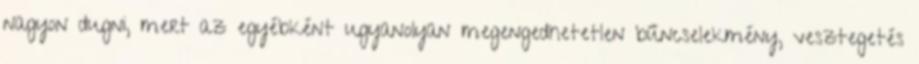
nagyon dugni, mert az egyébként ugyanolyan megengedhetetlen bűncselekmény, vesztegetés